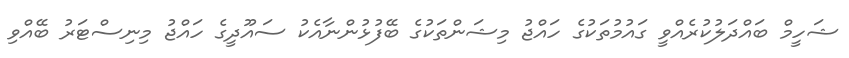
ޝަހީމް ބައްދަލުކުރެއްވީ ގައުމުތަކުގެ ހައްޖު މިޝަންތަކުގެ ބޭފުޅުންނާއެކު ސައޫދީގެ ހައްޖު މިނިސްޓަރު ބޭއްވި